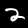
Label: 2